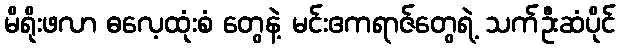
မိရိုးဖလာ ဓလေ့ထုံးစံ တွေနဲ့ မင်းဧကရာဇ်တွေရဲ့ သက်ဦးဆံပိုင်